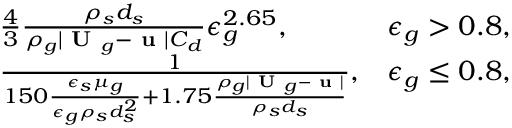
\begin{array} { r l r } & { \frac { 4 } { 3 } \frac { \rho _ { s } d _ { s } } { \rho _ { g } | \textbf { U } _ { g } - \textbf { u } | C _ { d } } \epsilon _ { g } ^ { 2 . 6 5 } , } & { \epsilon _ { g } > 0 . 8 , } \\ & { \frac { 1 } { 1 5 0 \frac { \epsilon _ { s } \mu _ { g } } { \epsilon _ { g } \rho _ { s } d _ { s } ^ { 2 } } + 1 . 7 5 \frac { \rho _ { g } | \textbf { U } _ { g } - \textbf { u } | } { \rho _ { s } d _ { s } } } , } & { \epsilon _ { g } \le 0 . 8 , } \end{array}